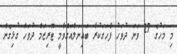
މި މަހުގެ 27 ވަނަ ދުވަހު ފާހަގަކުރާ ބައިނަލްއަގްވާމީ ޓޫރިޒަމް ދުވަހާ ގުޅިގެން